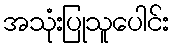
အသုံးပြုသူပေါင်း